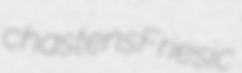
chastens Friesic